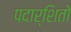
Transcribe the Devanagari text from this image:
पदार्शितो